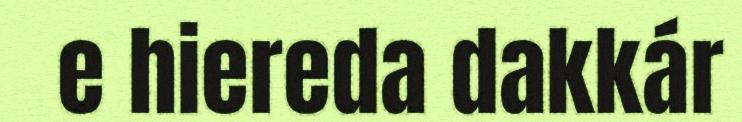
e hiereda dakkár